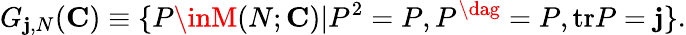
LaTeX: G_{\mathbf{j},N}({\mathbf{{C}}})\equiv\{ P\inM(N;{\mathbf{{C}}})|P^{2}=P,P^{\dag}=P,\mathrm{{tr}}P=\mathbf{j}\} .